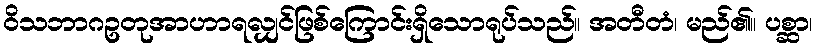
ဝိသဘာဂဥတုအာဟာရလျှင်ဖြစ်ကြောင်းရှိသောရုပ်သည်။ အတီတံ၊ မည်၏။ ပစ္ဆာ၊